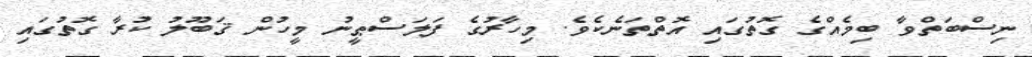
ނިސްބަތްވާ ބިމެއްގެ ގޮތުގައި އޮތްތަނެކެވެ. މިހާރުގެ ފަލަސްޠީނު މީހުން ޤަބޫލު ކުރާ ގޮތުގައި